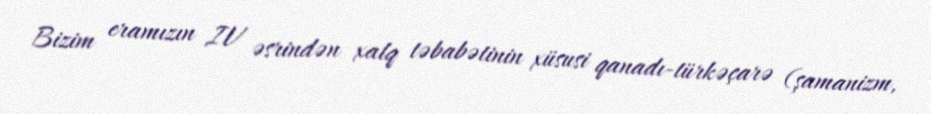
Bizim eramızın IV əsrindən xalq təbabətinin xüsusi qanadı-türkəçarə (şamanizm,